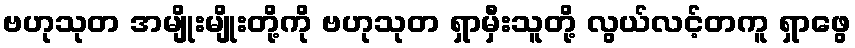
ဗဟုသုတ အမျိုးမျိုးတို့ကို ဗဟုသုတ ရှာမှီးသူတို့ လွယ်လင့်တကူ ရှာဖွေ